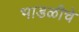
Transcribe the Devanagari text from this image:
भाडळीचे